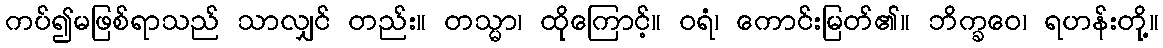
ကပ်၍မဖြစ်ရာသည် သာလျှင် တည်း။ တသ္မာ၊ ထိုကြောင့်။ ဝရံ၊ ကောင်းမြတ်၏။ ဘိက္ခဝေ၊ ရဟန်းတို့။